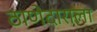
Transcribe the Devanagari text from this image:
ठाणेदाराला